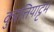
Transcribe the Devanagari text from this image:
कुरत्तियाट्टम